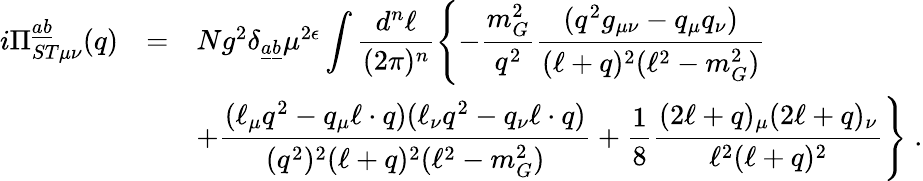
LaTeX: \begin{array}{rcl}{{i\Pi_{ST\mu\nu}^{\underline{{{a}}}\underline{{{b}}}}(q)}}&{{=}}&{{Ng^{2}\delta_{\underline{{{a}}}\underline{{{b}}}}\mu^{2\epsilon}\displaystyle\int\displaystyle\frac{d^{n}\ell}{(2\pi)^{n}}\left\{ -\displaystyle\frac{m_{G}^{2}}{q^{2}}\displaystyle\frac{(q^{2}g_{\mu\nu}-q_{\mu}q_{\nu})}{(\ell+q)^{2}(\ell^{2}-m_{G}^{2})}\right.}}\\ {{}}&{{}}&{{\displaystyle\left.+\frac{(\ell_{\mu}q^{2}-q_{\mu}\ell\cdot q)(\ell_{\nu}q^{2}-q_{\nu}\ell\cdot q)}{(q^{2})^{2}(\ell+q)^{2}(\ell^{2}-m_{G}^{2})}+\frac{1}{8}\frac{(2\ell+q)_{\mu}(2\ell+q)_{\nu}}{\ell^{2}(\ell+q)^{2}}\right\} \; .}}\end{array}